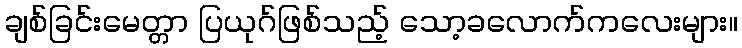
ချစ်ခြင်းမေတ္တာ ပြယုဂ်ဖြစ်သည့် သော့ခလောက်ကလေးများ။